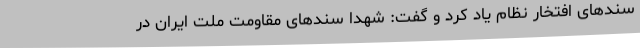
سندهای افتخار نظام یاد کرد و گفت: شهدا سندهای مقاومت ملت ایران در